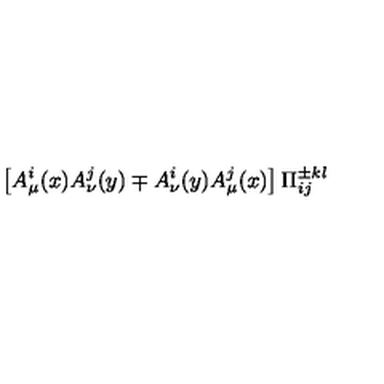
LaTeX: \left[ A _ { \mu } ^ { i } ( x ) A _ { \nu } ^ { j } ( y ) \mp A _ { \nu } ^ { i } ( y ) A _ { \mu } ^ { j } ( x ) \right] \Pi _ { i j } ^ { \pm k l }